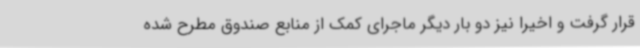
قرار گرفت و اخیرا نیز دو بار دیگر ماجرای کمک از منابع صندوق مطرح شده